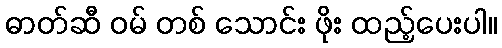
ဓာတ်ဆီ ဝမ် တစ် သောင်း ဖိုး ထည့်ပေးပါ။